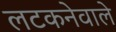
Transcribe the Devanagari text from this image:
लटकनेवाले